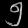
Digit: ၅